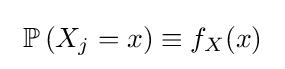
\ \mathbb {P} \left(X_{j}=x\right)\equiv f_{X}(x)\